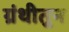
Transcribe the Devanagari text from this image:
ग्रंथीतुन